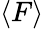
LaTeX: \left\langle F\right\rangle